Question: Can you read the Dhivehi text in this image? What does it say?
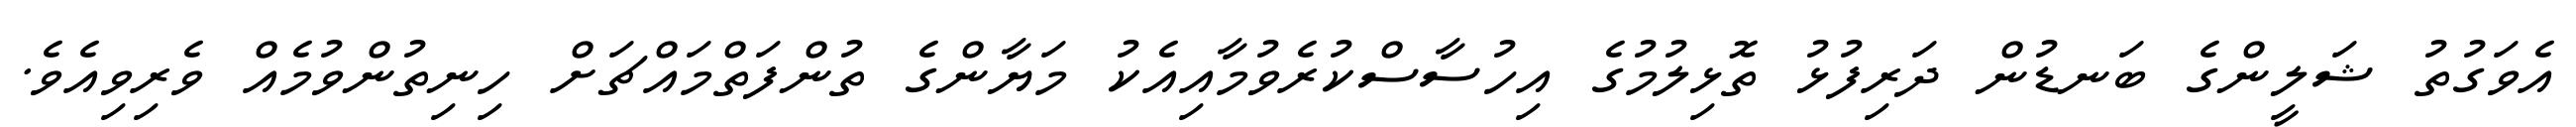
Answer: އެވަގުތު ޝަލީންގެ ބަނޑުން ދަރިފުޅު ތޮޅިލުމުގެ އިހުސާސްކުރެވުމާއިއެކު މަޔާންގެ ތުންފަތްމައްޗަށް ހިނިތުންވުމެއް ވެރިވިއެވެ.